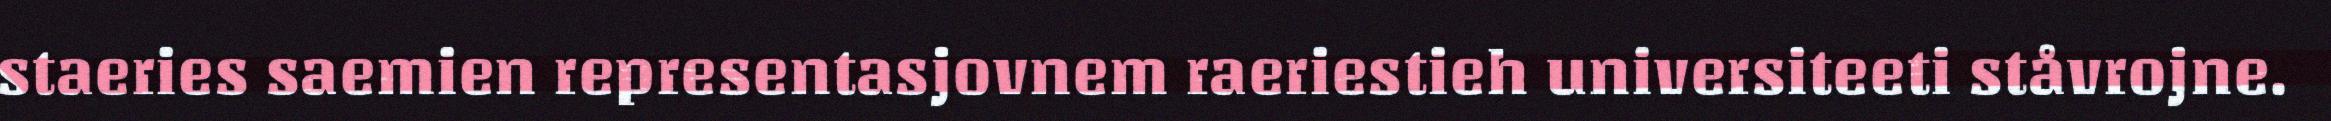
staeries saemien representasjovnem raeriestieh universiteeti ståvrojne.